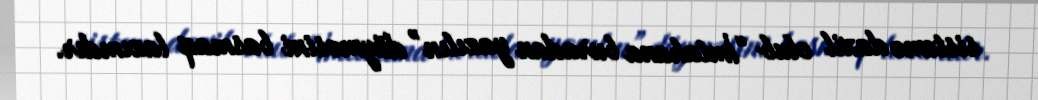
sistemə daxil olub “İmtahana buradan yazılın” düyməsini basmaq lazımdır.